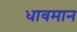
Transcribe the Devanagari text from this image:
धावमान